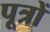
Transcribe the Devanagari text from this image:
पूत्रों